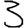
Digit: 3